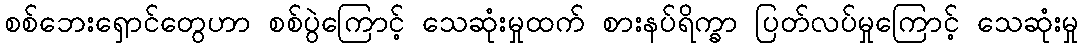
စစ်ဘေးရှောင်တွေဟာ စစ်ပွဲကြောင့် သေဆုံးမှုထက် စားနပ်ရိက္ခာ ပြတ်လပ်မှုကြောင့် သေဆုံးမှု